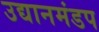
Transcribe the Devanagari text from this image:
उद्यानमंडप